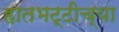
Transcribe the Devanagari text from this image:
हातभट्टीच्या